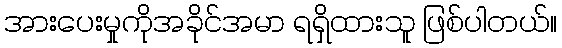
အားပေးမှုကိုအခိုင်အမာ ရရှိထားသူ ဖြစ်ပါတယ်။